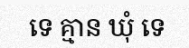
ទេ គ្មាន ឃុំ ទេ